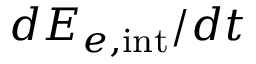
d { \cal E } _ { e , \mathrm { i n t } } / d t